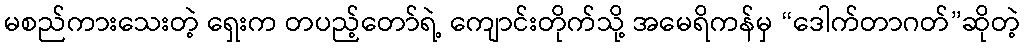
မစည်ကားသေးတဲ့ ရှေးက တပည့်တော်ရဲ့ ကျောင်းတိုက်သို့ အမေရိကန်မှ “ဒေါက်တာဂတ်”ဆိုတဲ့